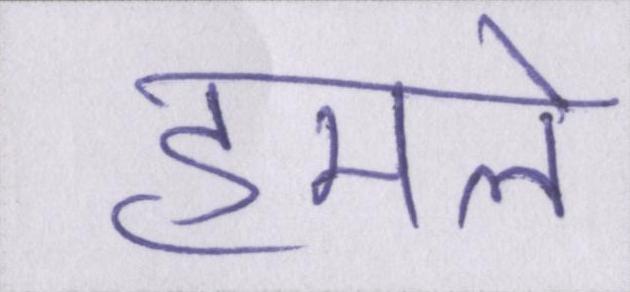
हमले